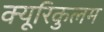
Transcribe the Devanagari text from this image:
क्यूरिकुलम